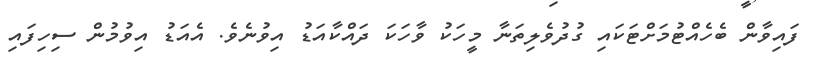
ފައިވާން ބެހެއްޓުމަށްޓަކައި ގުދުވެލިތަނާ މީހަކު ވާހަކަ ދައްކާއަޑު އިވުނެވެ. އެއަޑު އިވުމުން ސިހިފައި